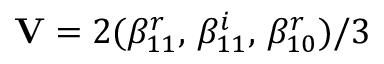
\mathbf { V } = 2 ( \beta _ { 1 1 } ^ { r } , \, \beta _ { 1 1 } ^ { i } , \, \beta _ { 1 0 } ^ { r } ) / 3